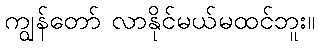
ကျွန်တော် လာနိုင်မယ်မထင်ဘူး။